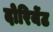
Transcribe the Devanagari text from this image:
दोरियेंट